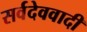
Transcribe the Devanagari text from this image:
सर्वदेववादी